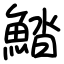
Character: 𩷽